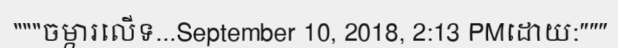
"""ចម្ការលើទ...September 10, 2018, 2:13 PMដោយ:"""